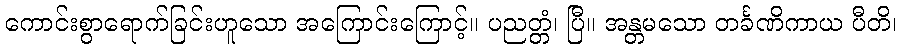
ကောင်းစွာရောက်ခြင်းဟူသော အကြောင်းကြောင့်။ ပညတ္တံ၊ ပြီ။ အန္တမသော တင်္ခဏိကာယ ပီတိ၊